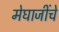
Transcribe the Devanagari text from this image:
मेघाजींचे